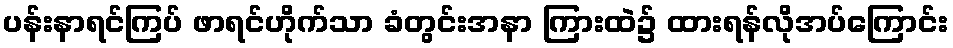
ပန်းနာရင်ကြပ် ဖာရင်ဟိုက်သာ ခံတွင်းအနာ ကြားထဲ၌ ထားရန်လိုအပ်ကြောင်း